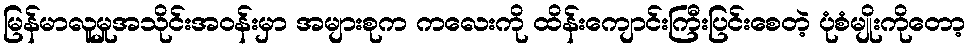
မြန်မာလူမှုအသိုင်းအဝန်းမှာ အများစုက ကလေးကို ထိန်းကျောင်းကြီးပြင်းစေတဲ့ ပုံစံမျိုးကိုတော့